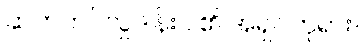
ဆက်ကပ်လှူဒါန်းပါ၏ အရှင်ဘုရား။